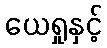
ယေရှုနှင့်